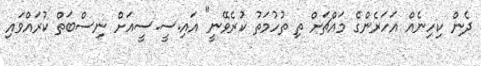
ދެން ކިހިނެއް އަހަރެންގެ މައްޗަށް ތި ތުހުމަތު ކުރެވޭނީ" އައި.ސީ.ސީއަށް ނިސްބަތް ކުރައްވައި